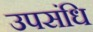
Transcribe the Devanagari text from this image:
उपसंधि